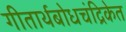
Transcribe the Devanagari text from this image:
गीतार्थबोधचंद्रिकेत